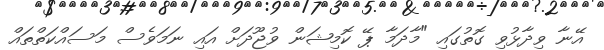
އޭނާ ވިދާޅުވި ގޮތުގައި "މާދަމާ ޕޭ ކޮމިޝަން ވުޖޫދަށް އައި ނަމަވެސް މަސައްކަތްތައް